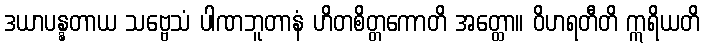
ဒယာပန္နတာယ သဗ္ဗေသံ ပါဏဘူတာနံ ဟိတစိတ္တကောတိ အတ္ထော။ ဝိဟရတီတိ ဣရိယတိ